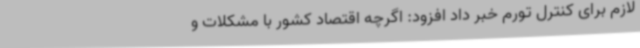
لازم برای کنترل تورم خبر داد افزود: اگرچه اقتصاد کشور با مشکلات و